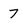
Character: 7